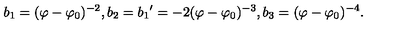
b _ { 1 } = ( \varphi - \varphi _ { 0 } ) ^ { - 2 } , b _ { 2 } = { b _ { 1 } } ^ { \prime } = - 2 ( \varphi - \varphi _ { 0 } ) ^ { - 3 } , b _ { 3 } = ( \varphi - \varphi _ { 0 } ) ^ { - 4 } .